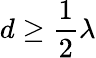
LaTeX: d\geq{\frac{1}{2}}\lambda